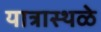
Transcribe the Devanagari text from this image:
यात्रास्थळे